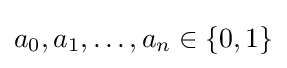
a_{0},a_{1},\ldots ,a_{n}\in \{0,1\}